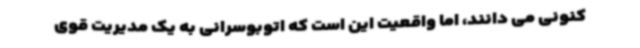
کنونی می دانند، اما واقعیت این است که اتوبوسرانی به یک مدیریت قوی